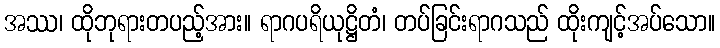
အဿ၊ ထိုဘုရားတပည့်အား။ ရာဂပရိယုဋ္ဌိတံ၊ တပ်ခြင်းရာဂသည် ထိုးကျင့်အပ်သော။